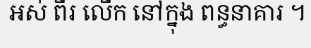
អស់ ពីរ លើក នៅក្នុង ពន្ធនាគារ ។